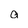
Character: a